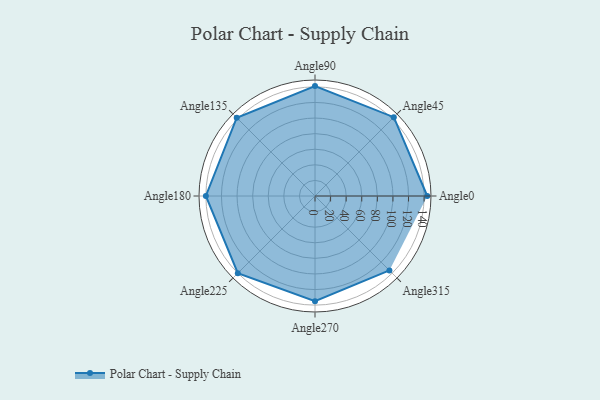
{"axis": {"x": "Angle", "y": "Radius"}, "legend": [""], "data": [{"x": "Angle0", "y": 144.0, "type": ""}, {"x": "Angle45", "y": 143.0, "type": ""}, {"x": "Angle90", "y": 141.0, "type": ""}, {"x": "Angle135", "y": 142.0, "type": ""}, {"x": "Angle180", "y": 140.0, "type": ""}, {"x": "Angle225", "y": 140.0, "type": ""}, {"x": "Angle270", "y": 135.0, "type": ""}, {"x": "Angle315", "y": 135.0, "type": ""}]}